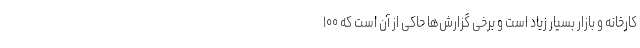
کارخانه و بازار بسیار زیاد است و برخی گزارش‌ها حاکی از آن است که ۱۰۰